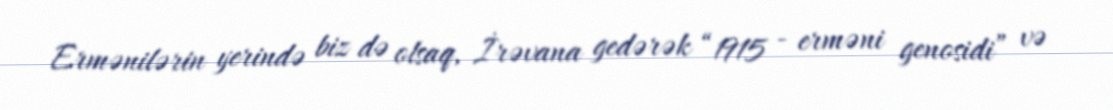
Ermənilərin yerində biz də olsaq, İrəvana gedərək “1915 - erməni genosidi” və